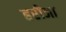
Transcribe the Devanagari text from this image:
हरीजा